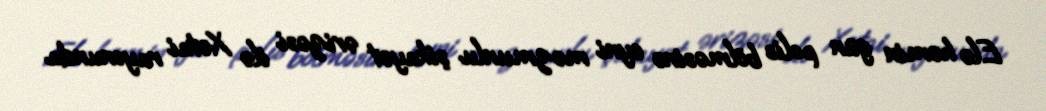
Elə həmin gün polis bölməsinə eyni məzmunlu şikayət ərizəsi ilə Xətai rayonunda